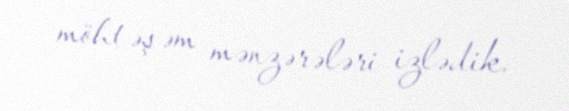
möhtəşəm mənzərələri izlədik.